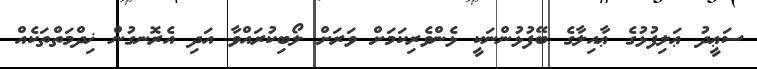
ސަޢީދު ޢަލިފުޅުގެ ޢާއިލާގެ ބޭފުޅުންނަކީ ޅެންވެރިކަމަށް ވަރަށް ލޯބިކުރައްވާ އަދި އެރޮނގުން ޚިދްމަތްތަކެއް